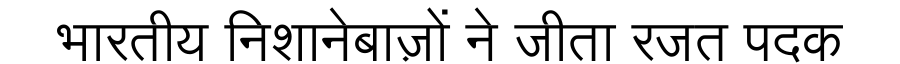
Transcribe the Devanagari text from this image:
भारतीय निशानेबाज़ों ने जीता रजत पदक